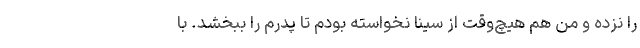
را نزده و من هم هیچ‌وقت از سینا نخواسته بودم تا پدرم را ببخشد. با